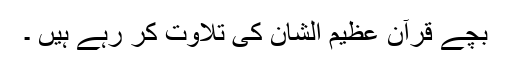
بچے قرآن عظیم الشان کی تلاوت کر رہے ہیں ۔